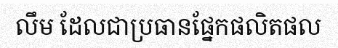
លឹម ដែលជាប្រធានផ្នែកផលិតផល